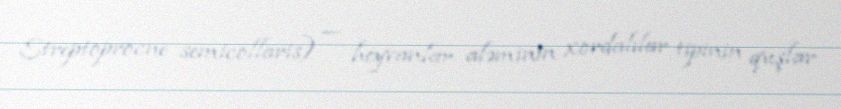
Streptoprocne semicollaris) — heyvanlar aləminin xordalılar tipinin quşlar